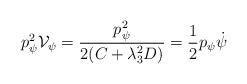
LaTeX: \begin{align*}p_{\psi}^{2}{\cal V}_{\psi}=\frac{p_{\psi}^{2}}{2(C+\lambda_{3}^{2}D)}=\frac{1}{2}p_{\psi}\dot{\psi}\end{align*}